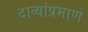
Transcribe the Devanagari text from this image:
दाव्यांप्रमाणे